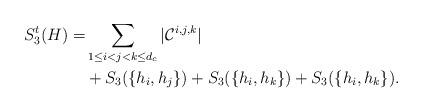
LaTeX: \begin{align*}S^t_3(H) = &\sum_{1 \leq i < j < k \leq d_c} |\mathcal{C}^{i,j,k}| \\ &+ S_3(\{h_i, h_j\}) + S_3(\{h_i, h_k\}) + S_3(\{h_i, h_k\}). \end{align*}